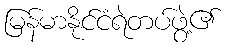
မြန်မာနိုင်ငံရဲတပ်ဖွဲ့၏